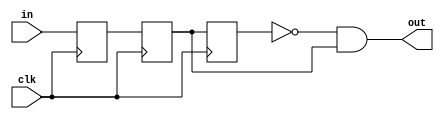
// Edge synchronizer:
//     - When parameter LOWHIGH = 1, will output 1 for one clock cycle whenever the input makes a low-to-high transition
//     - When parameter LOWHIGH = 0, will output 1 for one clock cycle whenever the input makes a high-to-low transition
//

module edge_sync
#(parameter LOWHIGH = 1)
(
    input clk,
    input in,
    output out
);

reg r1, r2, r3;

always @(posedge clk)
begin
    r1 <= in;
    r2 <= r1;
    r3 <= r2;
end

generate
    if(LOWHIGH == 1)
        assign out = ~r3 & r2;
    else if (LOWHIGH == 0)
        assign out = r3 & ~r2;
endgenerate

endmodule